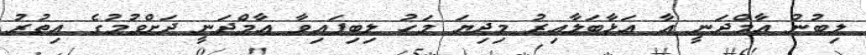
ލިބުނު އާމްދަނީ އާ އަޅާބަލާއިރު މިދިޔަ މަހު ލިބިފައިވާ އާމްދަނީ ދަށްވުމުގެ އިތުރު